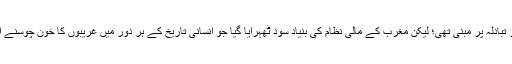
اسلامی نظام میں معاشرے میں دولت کی گردش بیع و شراء اور جائز تبادلہ پر مبنی تھی؛ لیکن مغرب کے مالی نظام کی بنیاد سود ٹھہرایا گیا جو انسانی تاریخ کے ہر دور میں غریبوں کا خون چوسنے اور کمزور کو مزید کمزور اور دست نگر رکھنے کا ذریعہ رہا ہے۔